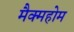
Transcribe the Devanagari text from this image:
मैक्महोम